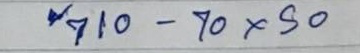
710 - 70 x 50